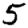
Digit: 5